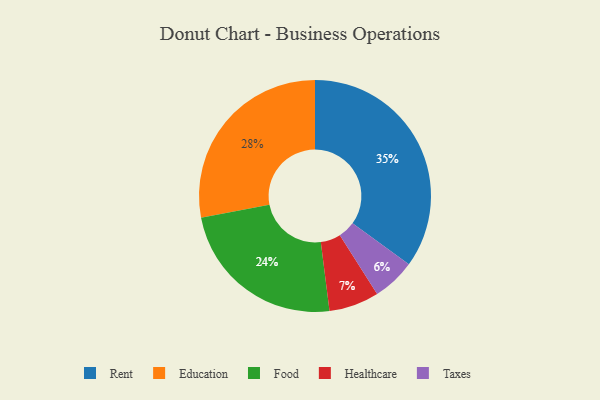
{"axis": {"x": "Category", "y": "Percentage"}, "legend": ["Education", "Food", "Healthcare", "Rent", "Taxes"], "data": [{"x": "Food", "y": 24, "type": "Food"}, {"x": "Taxes", "y": 6, "type": "Taxes"}, {"x": "Education", "y": 28, "type": "Education"}, {"x": "Healthcare", "y": 7, "type": "Healthcare"}, {"x": "Rent", "y": 35, "type": "Rent"}]}